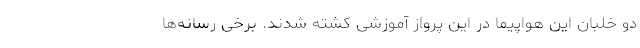
دو خلبان این هواپیما در این پرواز آموزشی کشته شدند. برخی رسانه‌ها